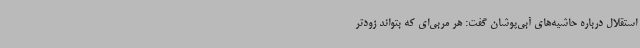
استقلال درباره حاشیه‌های آبی‌پوشان گفت: هر مربی‌ای که بتواند زودتر